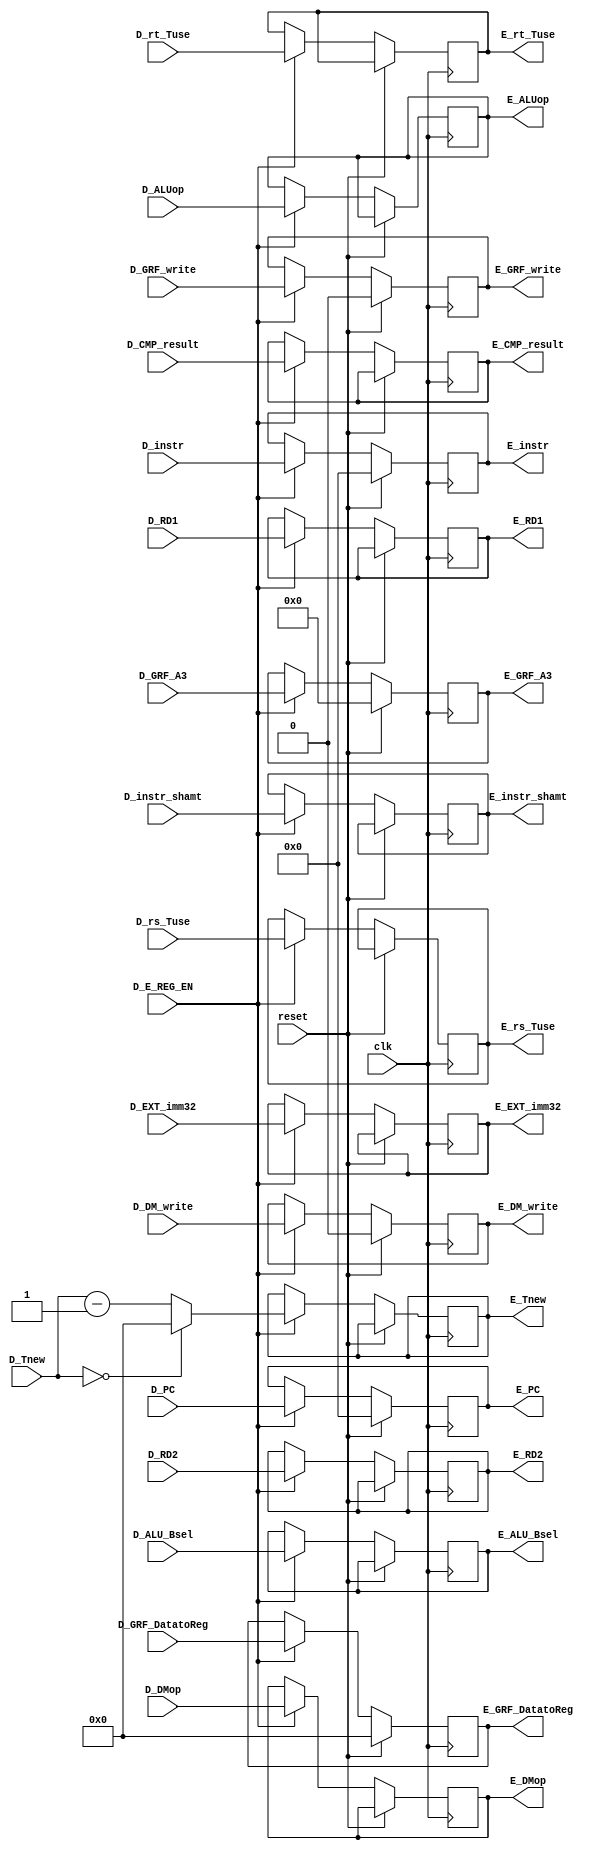
`timescale 1ns / 1ps
//////////////////////////////////////////////////////////////////////////////////
// Company: 
// Engineer: 
// 
// Design Name: 
// Module Name:    D_E_REG 
// Project Name: 
// Target Devices: 
// Tool versions: 
// Description: 
//
// Dependencies: 
//
// Revision: 
// Revision 0.01 - File Created
// Additional Comments: 
//
//////////////////////////////////////////////////////////////////////////////////
module D_E_REG(
    input clk,
    input reset,
    input D_E_REG_EN,
    input [31:0] D_PC,
    input [31:0] D_instr,
    input [4:0] D_ALUop,
	 input D_DM_write,
	 input D_GRF_write,
	 input [31:0] D_RD1,
	 input [31:0] D_RD2,
	 input [4:0] D_instr_shamt,
	 input [31:0] D_EXT_imm32,
	 input [4:0] D_GRF_A3,
	 input [31:0] D_CMP_result,
	 input [3:0] D_GRF_DatatoReg,
	 input [2:0] D_ALU_Bsel,
	 input [1:0] D_DMop,
	 input [3:0] D_rs_Tuse,
	 input [3:0] D_rt_Tuse,
	 input [3:0] D_Tnew,
	 output reg [31:0] E_PC,
    output reg [31:0] E_instr,
    output reg [4:0] E_ALUop,
	 output reg E_DM_write,
	 output reg E_GRF_write,
	 output reg [31:0] E_RD1,
	 output reg [31:0] E_RD2,
	 output reg [4:0] E_instr_shamt,
	 output reg [31:0] E_EXT_imm32,
	 output reg [4:0] E_GRF_A3,
	 output reg [31:0] E_CMP_result,
	 output reg [3:0] E_GRF_DatatoReg,
	 output reg [2:0] E_ALU_Bsel,
	 output reg [1:0] E_DMop,
	 output reg [3:0] E_rs_Tuse,
	 output reg [3:0] E_rt_Tuse,
	 output reg [3:0] E_Tnew
    );
	 
	 always @(posedge clk) begin
	     if (reset == 1'b1) begin
		      E_PC <= 32'd0;
				E_instr <= 32'd0;
				E_DM_write <= 1'b0;
				E_GRF_write <= 1'b0;
				E_GRF_A3 <= 5'd0;
				E_GRF_DatatoReg <= 4'd0;
		  end else begin
		      if (D_E_REG_EN == 1'b1) begin
				    E_PC <= D_PC;
					 E_instr <= D_instr;
					 E_ALUop <= D_ALUop;
					 E_DM_write <= D_DM_write;
                E_GRF_write <= D_GRF_write;
                E_RD1 <= D_RD1;
					 E_RD2 <= D_RD2;
					 E_instr_shamt <= D_instr_shamt;
					 E_EXT_imm32 <= D_EXT_imm32;
					 E_GRF_A3 <= D_GRF_A3;
					 E_CMP_result <= D_CMP_result;
					 E_GRF_DatatoReg <= D_GRF_DatatoReg;
					 E_ALU_Bsel <= D_ALU_Bsel;
					 E_DMop <= D_DMop;
					 E_rs_Tuse <= D_rs_Tuse;
					 E_rt_Tuse <= D_rt_Tuse;
					 E_Tnew <= (D_Tnew == 4'd0) ? 4'd0 : (D_Tnew - 4'd1);
					 
				end
		  end
	 end


endmodule